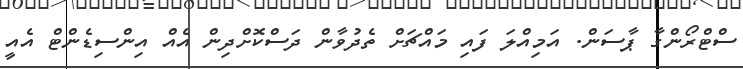
ސްޓްރޯންގާ ޕާސަން. އަމިއްލަ ފައި މައްޗަށް ތެދުވާން ދަސްކޮށްދިން އެއް އިންސިޑެންޓް އެއީ